Subject: math
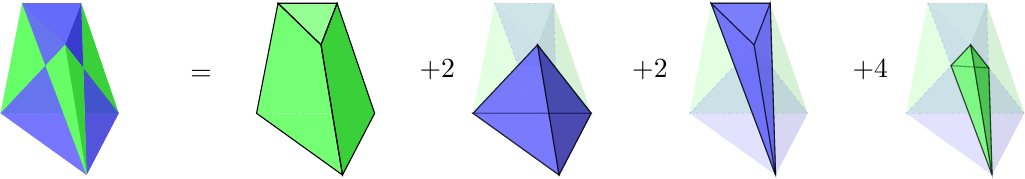
LaTeX code:
    \begin{tikzpicture}[ball/.style = {circle, draw, align=center, anchor=north, inner sep=0}]
\begin{scope}[scale={1}, transform shape]
 \coordinate [label={$=$}] (aaa) at (1.5,0);
 \coordinate [label={$+2$}] (aaa) at (4.5,0);
 \coordinate [label={$+2$}] (aaa) at (7.2,0);
 \coordinate [label={$+4$}] (aaa) at (10,0);
\end{scope}
\begin{scope}[scale={.5}, shift={(-10,2)}, transform shape]
 \pgfmathsetmacro{\factor}{1/sqrt(2)};
\coordinate  (c1a) at (9.75,0,-.75*\factor);
\coordinate  (b1a) at (8.25,0,-.75*\factor);
\coordinate (a2a) at (9.75,-.65,.75*\factor);
\coordinate  (c2a) at (10.5,-3,-1.5*\factor);
\coordinate  (b2a) at (7.5,-3,-1.5*\factor);
\coordinate  (a1a) at (10.5,-3.75,1.5*\factor);
\draw[dotted,red,opacity=.2] (b1a) -- (c1a);
\draw[dotted,blue,opacity=.2] (b1a) -- (a1a) -- (c1a);
\draw[dotted,red,opacity=.2] (b2a) -- (c2a);
\draw[dotted,blue,opacity=.2] (b2a) -- (a2a) -- (c2a);
\coordinate (x1) at (intersection of a1a--b1a and a2a--b2a);
\coordinate (x2) at (intersection of a1a--c1a and a2a--c2a);
\draw[dashed,draw=none,fill=green!60, opacity=.9] (c2a) -- (b2a) -- (b1a) -- (c1a) -- cycle;
\draw[draw=none,fill=green!60,opacity=.9] (b2a) -- (c2a) -- (x2) --(x1)-- cycle;
\draw[draw=none,fill=green!60,opacity=.9] (x1) -- (b1a) -- (b2a) -- cycle;
\draw[draw=none,fill=green!60!gray,opacity=.9] (c1a) -- (x2) -- (c2a) -- cycle;
\draw[draw=none,fill=green!60,opacity=.9] (b1a) -- (c1a) -- (x2)--(x1) -- cycle;
\draw[draw=none,fill=blue!60, opacity=.675] (b1a) -- (c1a) -- (x2) --(x1)-- cycle;
\draw[draw=none,fill=blue!60,opacity=.675] (b1a) -- (x1) -- (a2a) -- cycle;
\draw[draw=none,fill=blue!60!gray,opacity=.9] (a2a) -- (x2) -- (c1a) -- cycle;
\draw[draw=none,fill=blue!60!white,opacity=.9] (b1a) -- (c1a) -- (a2a) -- cycle;
\draw[draw=none,fill=blue!60,opacity=.675] (a2a) -- (x1) -- (x2) -- cycle;
\draw[draw=none,fill=blue!60, opacity=.675] (c2a) -- (b2a) -- (a1a) -- cycle;
\draw[draw=none,fill=blue!60, opacity=.675] (c2a) -- (b2a) -- (x1) --(x2)-- cycle;
\draw[draw=none,fill=blue!60,opacity=.675] (x1) -- (a1a) -- (b2a) -- cycle;
\draw[draw=none,fill=blue!60!gray,opacity=.675] (x2) -- (a1a) -- (c2a) -- cycle;
\draw[draw=none,fill=blue!60,opacity=.675] (x1) -- (a1a) -- (x2) -- cycle;
\draw[draw=none,fill=green!60,opacity=.9] (x1) -- (x2) -- (a2a) -- cycle;
\draw[draw=none,fill=green!60,opacity=.9] (x1) -- (a1a) -- (x2) -- cycle;
\draw[draw=none,fill=green!60,opacity=.9] (x1) -- (a2a) -- (a1a) -- cycle;
\draw[draw=none,fill=green!60!gray,opacity=.9] (x2) -- (a2a) -- (a1a) -- cycle;
\end{scope}
\begin{scope}[scale={.5}, shift={(-3.5,2)}, transform shape]
 \pgfmathsetmacro{\factor}{1/sqrt(2)};
\coordinate   (c1a) at (9.75,0,-.75*\factor);
\coordinate   (b1a) at (8.25,0,-.75*\factor);
\coordinate  (a2a) at (9.75,-.65,.75*\factor);
\coordinate   (c2a) at (10.5,-3,-1.5*\factor);
\coordinate   (b2a) at (7.5,-3,-1.5*\factor);
\coordinate  (a1a) at (10.5,-3.75,1.5*\factor);
\draw[dotted,black,opacity=.3] (b2a) -- (c2a);
\draw[draw=none,fill=green!60, opacity=.9] (c2a) -- (b2a) -- (b1a) -- (c1a) -- cycle;
\draw[draw=none,fill=green!60, opacity=.9] (c2a) -- (b2a) -- (a1a) -- cycle;
\draw[draw=none,fill=green!40!white,opacity=.9] (b1a) -- (c1a) -- (a2a) -- cycle;
\draw[draw=none,fill=green!60!gray, opacity=.9] (c2a) -- (c1a) -- (a2a) --(a1a)-- cycle;
\draw[black]  (b1a) -- (c1a) -- (a2a) -- cycle;
\draw[black] (b1a) -- (b2a)--(a1a)--(a2a)--cycle;
\draw[black] (c1a) -- (c2a)--(a1a)--(a2a)--cycle;
\end{scope}
\begin{scope}[scale={.5}, shift={(2,2)}, transform shape] % Specify the rotation angle (30 degrees)
 \pgfmathsetmacro{\factor}{1/sqrt(2)};
\coordinate  (c1a) at (9.75,0,-.75*\factor);
\coordinate  (b1a) at (8.25,0,-.75*\factor);
\coordinate (a2a) at (9.75,-.65,.75*\factor);
\coordinate  (c2a) at (10.5,-3,-1.5*\factor);
\coordinate  (b2a) at (7.5,-3,-1.5*\factor);
\coordinate  (a1a) at (10.5,-3.75,1.5*\factor);
\draw[dotted,red,opacity=.2] (b1a) -- (c1a);
\draw[dotted,blue,opacity=.2] (b1a) -- (a1a) -- (c1a);
\draw[dotted,red,opacity=.2] (b2a) -- (c2a);
\draw[dotted,blue,opacity=.2] (b2a) -- (a2a) -- (c2a);
\coordinate (x1) at (intersection of a1a--b1a and a2a--b2a);
\coordinate (x2) at (intersection of a1a--c1a and a2a--c2a);

\draw[dashed,draw=none,fill=green!60, opacity=.1] (c2a) -- (b2a) -- (b1a) -- (c1a) -- cycle;
\draw[draw=none,fill=green!60,opacity=.1] (b2a) -- (c2a) -- (x2) --(x1)-- cycle;
\draw[draw=none,fill=green!60,opacity=.1] (x1) -- (b1a) -- (b2a) -- cycle;
\draw[draw=none,fill=green!45!black,opacity=.1] (c1a) -- (x2) -- (c2a) -- cycle;
\draw[draw=none,fill=green!60,opacity=.1] (b1a) -- (c1a) -- (x2)--(x1) -- cycle;

\draw[draw=none,fill=blue!60, opacity=.1] (b1a) -- (c1a) -- (x2) --(x1)-- cycle;
\draw[draw=none,fill=blue!60,opacity=.1] (b1a) -- (x1) -- (a2a) -- cycle;
\draw[draw=none,fill=blue!45!black,opacity=.1] (a2a) -- (x2) -- (c1a) -- cycle;
\draw[draw=none,fill=blue!45!white,opacity=.1] (b1a) -- (c1a) -- (a2a) -- cycle;
\draw[draw=none,fill=blue!60,opacity=.1] (a2a) -- (x1) -- (x2) -- cycle;

\draw[fill=blue!60, opacity=.675] (c2a) -- (b2a) -- (a1a) -- cycle;
\draw[fill=blue!60, opacity=.675] (c2a) -- (b2a) -- (a2a)-- cycle;
\draw[,fill=blue!60,opacity=.6] (a2a) -- (a1a) -- (b2a) -- cycle;
\draw[fill=blue!40!darkgray,opacity=.675] (a2a) -- (a1a) -- (c2a) -- cycle;
\end{scope}
\begin{scope}[scale={.5}, shift={(7.5,2)}, transform shape] % Specify the rotation angle (30 degrees)
 \pgfmathsetmacro{\factor}{1/sqrt(2)};
\coordinate (c1a) at (9.75,0,-.75*\factor);
\coordinate  (b1a) at (8.25,0,-.75*\factor);
\coordinate (a2a) at (9.75,-.65,.75*\factor);
\coordinate  (c2a) at (10.5,-3,-1.5*\factor);
\coordinate  (b2a) at (7.5,-3,-1.5*\factor);
\coordinate  (a1a) at (10.5,-3.75,1.5*\factor);
\draw[dotted,red,opacity=.2] (b1a) -- (c1a);
\draw[dotted,blue,opacity=.2] (b1a) -- (a1a) -- (c1a);
\draw[dotted,red,opacity=.2] (b2a) -- (c2a);
\draw[dotted,blue,opacity=.2] (b2a) -- (a2a) -- (c2a);
\coordinate (x1) at (intersection of a1a--b1a and a2a--b2a);
\coordinate (x2) at (intersection of a1a--c1a and a2a--c2a);

\draw[dashed,draw=none,fill=green!60, opacity=.1] (c2a) -- (b2a) -- (b1a) -- (c1a) -- cycle;
\draw[draw=none,fill=green!60,opacity=.1] (b2a) -- (c2a) -- (x2) --(x1)-- cycle;
\draw[draw=none,fill=green!60,opacity=.1] (x1) -- (b1a) -- (b2a) -- cycle;
\draw[draw=none,fill=green!45!black,opacity=.1] (c1a) -- (x2) -- (c2a) -- cycle;
\draw[draw=none,fill=green!60,opacity=.1] (b1a) -- (c1a) -- (x2)--(x1) -- cycle;

\draw[draw=none,fill=blue!60, opacity=.1] (c2a) -- (b2a) -- (a1a) -- cycle;
\draw[draw=none,fill=blue!60, opacity=.1] (c2a) -- (b2a) -- (x1) --(x2)-- cycle;
\draw[draw=none,fill=blue!60,opacity=.1] (x1) -- (a1a) -- (b2a) -- cycle;
\draw[draw=none,fill=blue!45!black,opacity=.1] (x2) -- (a1a) -- (c2a) -- cycle;
\draw[draw=none,fill=blue!60,opacity=.1] (x1) -- (a1a) -- (x2) -- cycle;

\draw[draw=none,fill=green!60,opacity=.1] (x1) -- (x2) -- (a2a) -- cycle;
\draw[draw=none,fill=green!60,opacity=.1] (x1) -- (a1a) -- (x2) -- cycle;
\draw[draw=none,fill=green!60,opacity=.1] (x1) -- (a2a) -- (a1a) -- cycle;
\draw[draw=none,fill=green!45!black,opacity=.1] (x2) -- (a2a) -- (a1a) -- cycle;

\draw[fill=blue!60,opacity=.675] (a2a)-- (b1a) -- (a1a)  -- cycle;
\draw[fill=blue!45!gray,opacity=.675] (a2a) -- (a1a)-- (c1a)  -- cycle;
\draw[fill=blue!45!white,opacity=.675] (b1a) -- (c1a) -- (a2a) -- cycle;
\draw[fill=blue!60,opacity=.675] (b1a) -- (a1a) -- (c1a)-- cycle;
\draw[opacity=.675](a2a) -- (c1a);
\draw[opacity=.675](a2a) -- (a1a);
\draw[opacity=.675](a2a) -- (b1a);
\end{scope}
\begin{scope}[scale={.5}, shift={(13,2)}, transform shape] % Specify the rotation angle (30 degrees)
 \pgfmathsetmacro{\factor}{1/sqrt(2)};
\coordinate  (c1a) at (9.75,0,-.75*\factor);
\coordinate  (b1a) at (8.25,0,-.75*\factor);
\coordinate (a2a) at (9.75,-.65,.75*\factor);
\coordinate  (c2a) at (10.5,-3,-1.5*\factor);
\coordinate  (b2a) at (7.5,-3,-1.5*\factor);
\coordinate  (a1a) at (10.5,-3.75,1.5*\factor);
\draw[dotted,red,opacity=.2] (b1a) -- (c1a);
\draw[dotted,blue,opacity=.2] (b1a) -- (a1a) -- (c1a);
\draw[dotted,red,opacity=.2] (b2a) -- (c2a);
\draw[dotted,blue,opacity=.2] (b2a) -- (a2a) -- (c2a);
\coordinate (x1) at (intersection of a1a--b1a and a2a--b2a);
\coordinate (x2) at (intersection of a1a--c1a and a2a--c2a);

\draw[dashed,draw=none,fill=green!60, opacity=.1] (c2a) -- (b2a) -- (b1a) -- (c1a) -- cycle;
\draw[draw=none,fill=green!60,opacity=.1] (b2a) -- (c2a) -- (x2) --(x1)-- cycle;
\draw[draw=none,fill=green!60,opacity=.1] (x1) -- (b1a) -- (b2a) -- cycle;
\draw[draw=none,fill=green!45!black,opacity=.1] (c1a) -- (x2) -- (c2a) -- cycle;
\draw[draw=none,fill=green!60,opacity=.1] (b1a) -- (c1a) -- (x2)--(x1) -- cycle;
\draw[draw=none,fill=blue!60, opacity=.1] (b1a) -- (c1a) -- (x2) --(x1)-- cycle;
\draw[draw=none,fill=blue!60,opacity=.1] (b1a) -- (x1) -- (a2a) -- cycle;
\draw[draw=none,fill=blue!45!black,opacity=.1] (a2a) -- (x2) -- (c1a) -- cycle;
\draw[draw=none,fill=blue!45!white,opacity=.1] (b1a) -- (c1a) -- (a2a) -- cycle;
\draw[draw=none,fill=blue!60,opacity=.1] (a2a) -- (x1) -- (x2) -- cycle;
\draw[draw=none,fill=blue!60, opacity=.1] (c2a) -- (b2a) -- (a1a) -- cycle;
\draw[draw=none,fill=blue!60, opacity=.1] (c2a) -- (b2a) -- (x1) --(x2)-- cycle;
\draw[draw=none,fill=blue!60,opacity=.1] (x1) -- (a1a) -- (b2a) -- cycle;
\draw[draw=none,fill=blue!45!black,opacity=.1] (x2) -- (a1a) -- (c2a) -- cycle;
\draw[draw=none,fill=blue!60,opacity=.1] (x1) -- (a1a) -- (x2) -- cycle;
\draw[fill=green!60,opacity=.5] (x1) -- (x2) -- (a2a) -- cycle;
\draw[fill=green!60,opacity=.5] (x1) -- (a1a) -- (x2) -- cycle;
\draw[fill=green!60,opacity=.5] (x1) -- (a2a) -- (a1a) -- cycle;
\draw[fill=green!60!black,opacity=.5] (x2) -- (a2a) -- (a1a) -- cycle;
\end{scope}
\end{tikzpicture}